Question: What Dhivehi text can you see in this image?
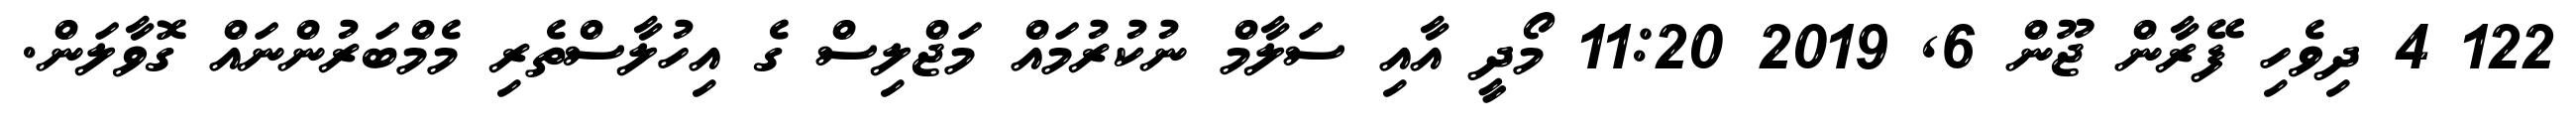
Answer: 122 4 ދިވެހި ފޭރާން ޖޫން 6, 2019 11:20 މޯދީ އާއި ސަލާމް ނުކުރުމައް މަޖްލިސް ގެ އިހުލާސްތެރި މެމްބަރުންނައް ގޮވާލަން.